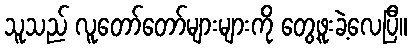
သူသည် လူတော်တော်များများကို တွေ့ဖူးခဲ့လေပြီ။